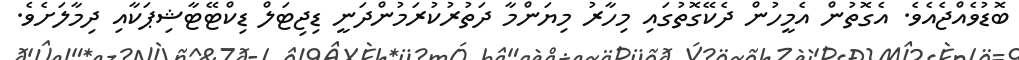
ބޮޑުވެއްޖެއެވެ. އެގޮތުން އެމީހުން ދެކޭގޮތުގައި މިހާރު މިޔަންމާ ދަތުރުކުރަމުންދަނީ ޑިޖިޓަލް ޑިކްޓޭޓާޝިޕަކާއި ދިމާލަށެވެ.